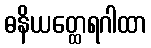
ဓနိယတ္ထေရဂါထာ